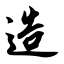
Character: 造